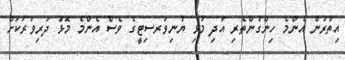
އިތުރުން އެންމެ ހިންގުންތެރި އަދި މުޅި ޔުނިވަރސިޓީގެ ވެސް އެންމެ މޮޅު ދަރިވަރަކަށް